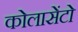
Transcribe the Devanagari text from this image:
कोलासेंटो